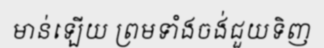
មាន់ឡើយ ព្រមទាំងចង់ជួយទិញ